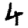
Digit: 4